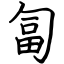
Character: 匐